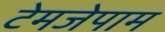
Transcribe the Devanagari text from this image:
टेमजेपाम